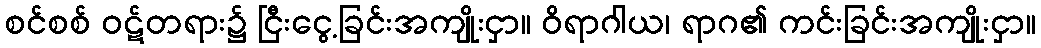
စင်စစ် ဝဋ်တရား၌ ငြီးငွေ့ခြင်းအကျိုးငှာ။ ဝိရာဂါယ၊ ရာဂ၏ ကင်းခြင်းအကျိုးငှာ။